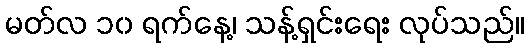
မတ်လ ၁၀ ရက်နေ့၊ သန့်ရှင်းရေး လုပ်သည်။